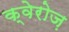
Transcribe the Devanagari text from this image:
क्वेरोज़